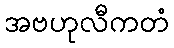
အဗဟုလီကတံ